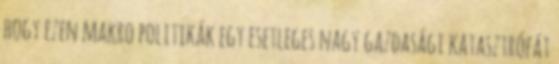
hogy ezen makro politikák egy esetleges nagy gazdasági katasztrófát